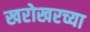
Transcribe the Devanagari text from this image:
खरोखरच्या